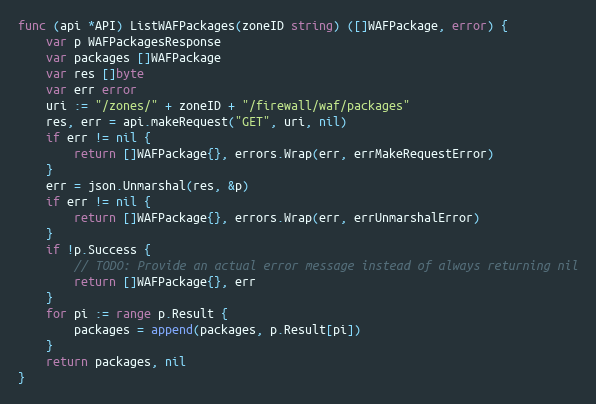
Language: Go
func (api *API) ListWAFPackages(zoneID string) ([]WAFPackage, error) {
	var p WAFPackagesResponse
	var packages []WAFPackage
	var res []byte
	var err error
	uri := "/zones/" + zoneID + "/firewall/waf/packages"
	res, err = api.makeRequest("GET", uri, nil)
	if err != nil {
		return []WAFPackage{}, errors.Wrap(err, errMakeRequestError)
	}
	err = json.Unmarshal(res, &p)
	if err != nil {
		return []WAFPackage{}, errors.Wrap(err, errUnmarshalError)
	}
	if !p.Success {
		// TODO: Provide an actual error message instead of always returning nil
		return []WAFPackage{}, err
	}
	for pi := range p.Result {
		packages = append(packages, p.Result[pi])
	}
	return packages, nil
}